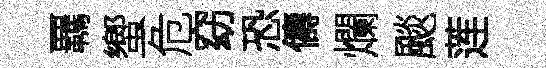
覊蠁危窈恐儔爛颷莲